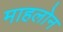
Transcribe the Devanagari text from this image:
माहलोन